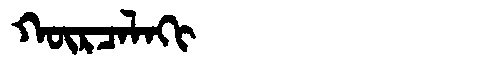
Manchu: ᡴᡡᡵᠴᠠᠯᠠᡴᡳ
Romanization: KŪRCALAKI